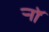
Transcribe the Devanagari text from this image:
र्‍ाॉ